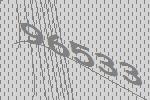
96533